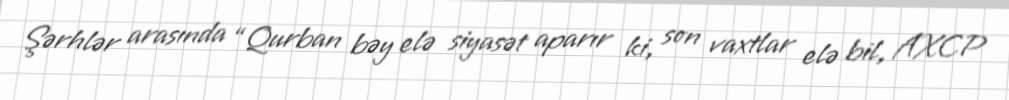
Şərhlər arasında “Qurban bəy elə siyasət aparır ki, son vaxtlar elə bil, AXCP